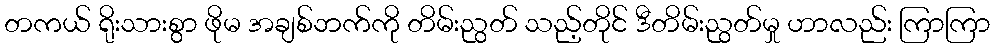
တကယ် ရိုးသားစွာ ဖိုမ အချစ်ဘက်ကို တိမ်းညွတ် သည့်တိုင် ဒီတိမ်းညွတ်မှု ဟာလည်း ကြာကြာ